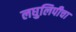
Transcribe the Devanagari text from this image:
लघुलिपीचा